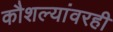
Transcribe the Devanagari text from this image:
कौशल्यांवरही